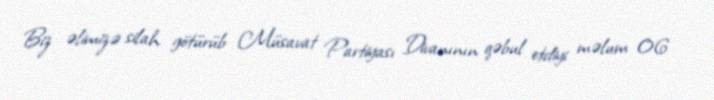
Biz əlimizə silah götürüb Müsavat Partiyası Divanının qəbul etdiyi məlum 06